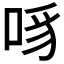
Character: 𪡊